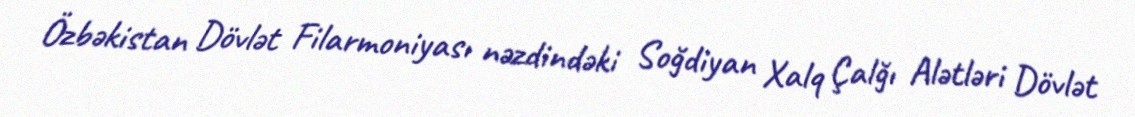
Özbəkistan Dövlət Filarmoniyası nəzdindəki Soğdiyan Xalq Çalğı Alətləri Dövlət